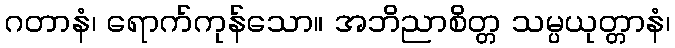
ဂတာနံ၊ ရောက်ကုန်သော။ အဘိညာစိတ္တ သမ္ပယုတ္တာနံ၊